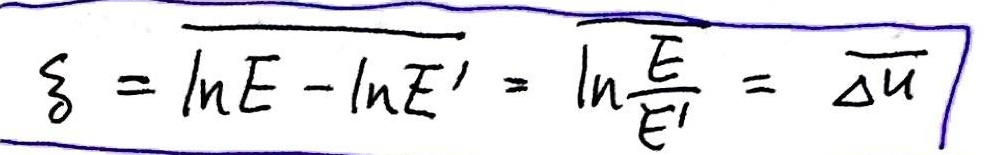
\[
\xi = \overline{\ln E - \ln E'} = \overline{\ln\frac{E}{E'}} = \overline{\Delta u}
\]